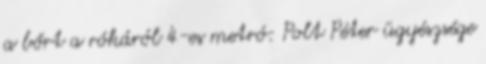
a bőrt a rókáról 4-es metró: Polt Péter ügyészsége